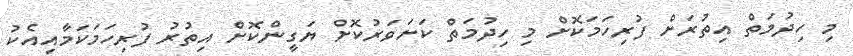
މި ހިދުމަތް އިތުރަށް ފުރިހަމަކޮށް މި ހިދުމަތް ކަށަވަރުކޮށް ޔަގީންކޮށް އިތުރު ފުރިހަމަކަމާއިއެކު